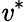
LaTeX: \mathit{v}^{*}